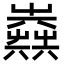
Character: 𡴪